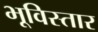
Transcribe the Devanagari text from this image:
भूविस्तार